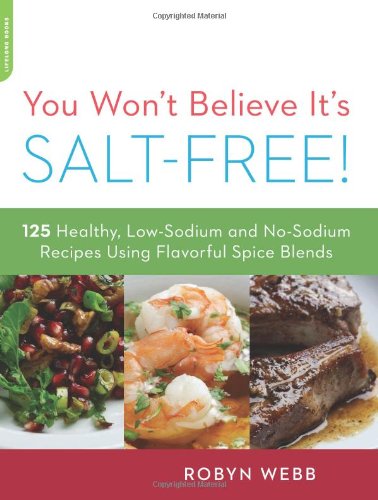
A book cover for You Won't Believe It's Salt-Free: 125 Healthy Low-Sodium and No-Sodium Recipes Using Flavorful Spice Blends; Robyn Webb; Cookbooks, Food & Wine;